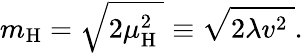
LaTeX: m_{\mathrm{H}}={\sqrt{2\mu_{\mathrm{H}}^{2}\ }}\equiv{\sqrt{2\lambda v^{2}\ }}.